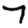
Digit: 7